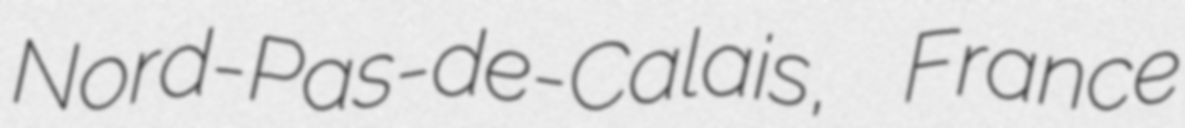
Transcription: Nord-Pas-de-Calais, France